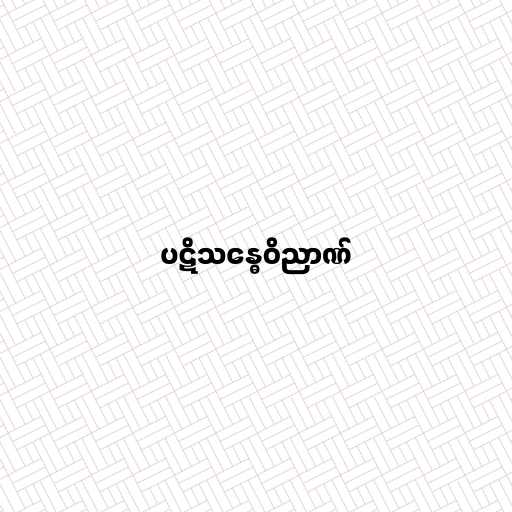
ပဋိသန္ဓေဝိညာဏ်